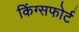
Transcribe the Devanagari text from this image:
किंग्सफोर्ट